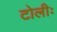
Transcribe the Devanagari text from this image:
टोलीः